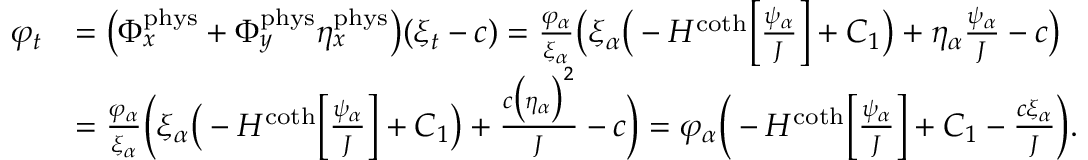
\begin{array} { r l } { \varphi _ { t } } & { = \big ( \Phi _ { x } ^ { \mathrm { p h y s } } + \Phi _ { y } ^ { \mathrm { p h y s } } \eta _ { x } ^ { \mathrm { p h y s } } \big ) ( \xi _ { t } - c ) = \frac { \varphi _ { \alpha } } { \xi _ { \alpha } } \big ( \xi _ { \alpha } \big ( - H ^ { \coth } \Big [ \frac { \psi _ { \alpha } } { J } \Big ] + C _ { 1 } \big ) + \eta _ { \alpha } \frac { \psi _ { \alpha } } { J } - c \big ) } \\ & { = \frac { \varphi _ { \alpha } } { \xi _ { \alpha } } \bigg ( \xi _ { \alpha } \big ( - H ^ { \coth } \Big [ \frac { \psi _ { \alpha } } { J } \Big ] + C _ { 1 } \big ) + \frac { c \big ( \eta _ { \alpha } \big ) ^ { 2 } } { J } - c \bigg ) = \varphi _ { \alpha } \bigg ( - H ^ { \coth } \Big [ \frac { \psi _ { \alpha } } { J } \Big ] + C _ { 1 } - \frac { c \xi _ { \alpha } } { J } \bigg ) . } \end{array}